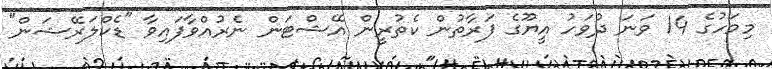
މިމަހުގެ 14 ވަނަ ދުވަހު އީޔޫގެ ފަރާތުން ކެތުރީން އޭޝްޓަން ނެރުއްވާފައިވާ "ޑެކްލަރޭޝަން"